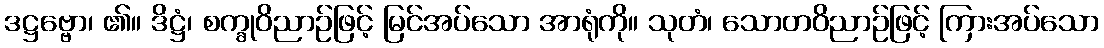
ဒဋ္ဌဗ္ဗော၊ ၏။ ဒိဋ္ဌံ၊ စက္ခုဝိညာဉ်ဖြင့် မြင်အပ်သော အာရုံကို။ သုတံ၊ သောတဝိညာဉ်ဖြင့် ကြားအပ်သော